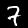
Label: 7